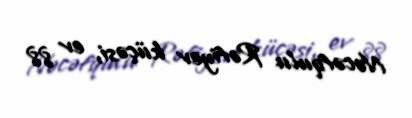
Nəcəfqulu Rəfiyev küçəsi, ev 88